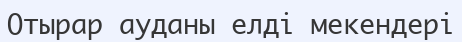
Отырар ауданы елді мекендері